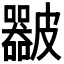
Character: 𥀴